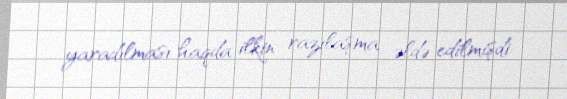
yaradılması haqda ilkin razılaşma əldə edilmişdi.